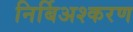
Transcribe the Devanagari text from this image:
निर्बिअश्करण